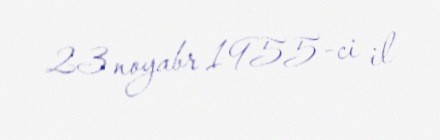
23 noyabr 1955-ci il